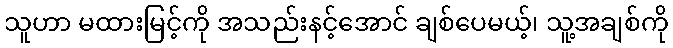
သူဟာ မထားမြင့်ကို အသည်းနင့်အောင် ချစ်ပေမယ့်၊ သူ့အချစ်ကို